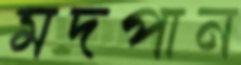
মদপান